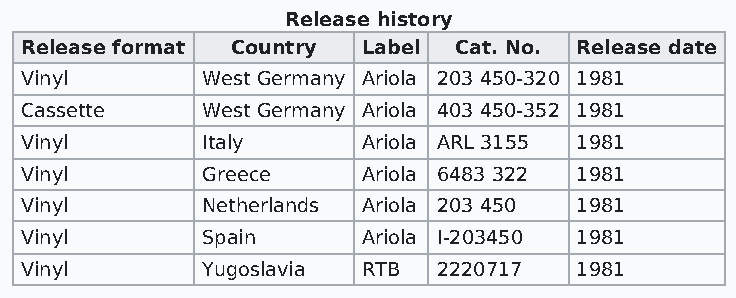
Release history
 Release format Country Label Cat. No. Release date
 Vinyl       West Germany Ariola 203 450-320 1981
 Cassette    West Germany Ariola 403 450-352 1981
 Vinyl       Italy      Ariola ARL 3155 1981
 Vinyl       Greece     Ariola 6483 322 1981
 Vinyl       Netherlands Ariola 203 450 1981
 Vinyl       Spain      Ariola I-203450 1981
 Vinyl       Yugoslavia RTB  2220717  1981